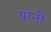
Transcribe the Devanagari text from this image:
यानी